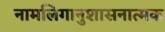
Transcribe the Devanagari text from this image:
नामलिगानुशासनात्मक